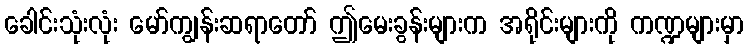
ခေါင်းသုံးလုံး မော်ကျွန်းဆရာတော် ဤမေးခွန်းများက အရိုင်းများကို ကဏ္ဍများမှာ